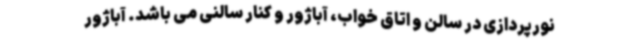
نورپردازی در سالن و اتاق خواب، آباژور و کنار سالنی می باشد. آباژور